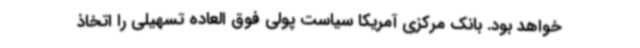
خواهد بود. بانک مرکزی آمریکا سیاست پولی فوق العاده تسهیلی را اتخاذ